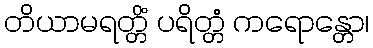
တိယာမရတ္တိံ ပရိတ္တံ ကရောန္တော၊